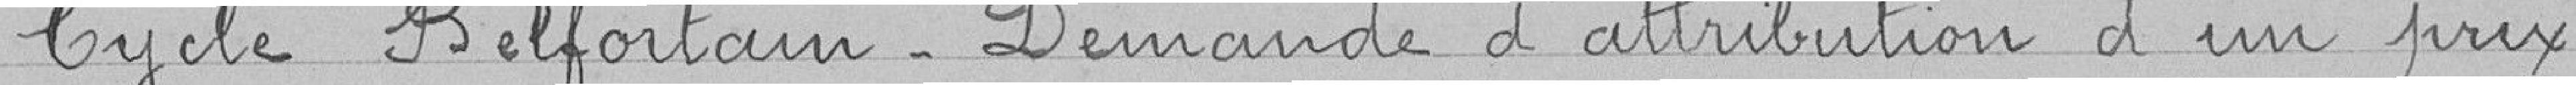
7. Cycle Belfortain - Demande d'attribution d'un prix